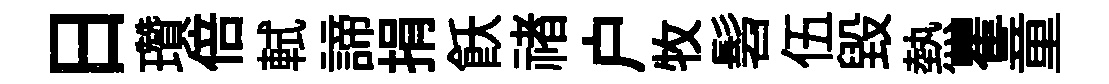
日瓚倍軾諦捐飫禇户牧髫伍毁熱瞿童